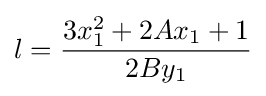
l={\frac {3x_{1}^{2}+2Ax_{1}+1}{2By_{1}}}